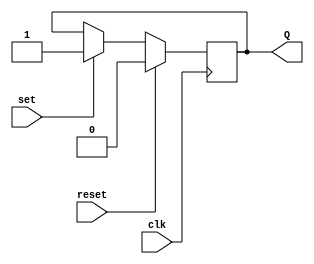

module D_FF(input clk,input set,input reset,output reg Q);
  always@(negedge clk)
  begin
    if(reset==1'b1)
      Q=0;
      
    else
      begin
        if(set)
          Q=1;
      end
  end
endmodule

module decoder2to4(input [1:0] muxOut,output reg[3:0] decOut);
  always@(muxOut)
  case(muxOut)
    2'b00: decOut = 4'b0001;
    2'b01: decOut = 4'b0010;
    2'b10: decOut = 4'b0100;
    2'b11: decOut = 4'b1000;
  endcase
endmodule
  
module mux(input [1:0] LineIndex,input[1:0] LRUWay,input Hit,output reg [1:0] muxOut);
  always@(LineIndex or LRUWay or Hit)
  case(Hit)
    1'b0: muxOut = LRUWay;
    1'b1: muxOut = LineIndex;
  endcase  
endmodule

module NxN_DFFs(input clk,input reset,input[3:0] decOut,output [3:0] NxNOut);
  //D_FF(input clk,input set,input reset,output reg Q);
  wire q00, q01, q02, q03; 
  wire q10, q11, q12, q13;
  wire q20, q21, q22, q23;
  wire q30, q31, q32, q33;


  wire reset1;
  wire reset2;
  wire reset3;
  wire reset4;
 
 
  assign reset1 = reset || decOut[0];
  assign reset2 = reset || decOut[1];
  assign reset3 = reset || decOut[2];
  assign reset4 = reset || decOut[3];
  
  
  D_FF dff00(clk, decOut[0], reset1, q00);
  D_FF dff01(clk, decOut[0], reset2, q01);
  D_FF dff02(clk, decOut[0], reset3, q02);
  D_FF dff03(clk, decOut[0], reset4, q03);
  
  assign NxNOut[0] = q00 || q01 || q02 || q03;
  
  
  D_FF dff10(clk, decOut[1], reset1, q10);
  D_FF dff11(clk, decOut[1], reset2, q11);
  D_FF dff12(clk, decOut[1], reset3, q12);
  D_FF dff13(clk, decOut[1], reset4, q13);
  
  assign NxNOut[1] = q10 || q11 || q12 || q13;
  
  D_FF dff20(clk, decOut[2], reset1, q20);
  D_FF dff21(clk, decOut[2], reset2, q21);
  D_FF dff22(clk, decOut[2], reset3, q22);
  D_FF dff23(clk, decOut[2], reset4, q23);
  
  assign NxNOut[2] = q20 || q21 || q22 || q23;
  
  
  D_FF dff30(clk, decOut[3], reset1, q30);
  D_FF dff31(clk, decOut[3], reset2, q31);
  D_FF dff32(clk, decOut[3], reset3, q32);
  D_FF dff33(clk, decOut[3], reset4, q33);
  
  assign NxNOut[3] = q30 || q31 || q32 || q33;
  
  endmodule

module prio_Enc(input reset, input [3:0]NxNOut,output reg [1:0] LRUWay);
  always@(reset or NxNOut)
  begin
    if (reset)
      LRUWay = 2'b00;
    else
    begin
      if ( NxNOut[0] == 0)
        LRUWay = 2'b00;
      else if (NxNOut[1] == 0)
        LRUWay = 2'b01;
      else if (NxNOut[2] == 0)
        LRUWay = 2'b10;
      else
        LRUWay = 2'b11;
    end
  end
endmodule

module LRU(input [1:0] LineIndex,input clk,input reset, input Hit , output [1:0] LRUWay, output [1:0] mOut, output [3:0]
dOut, output [3:0] nOut);
    
    mux mux1(LineIndex, LRUWay, Hit, mOut);
    decoder2to4 decoder2to4_1(mOut, dOut);
    NxN_DFFs nndffs(clk, reset, dOut, nOut);
    prio_Enc pe(reset, nOut, LRUWay);
        
endmodule



module testbench;
reg [1:0] LineIndex;
reg clk;
reg reset;
reg Hit;
wire [1:0] LRUWay;
wire [1:0] mOut;
wire [3:0] dOut, nOut;
LRU uut (.LineIndex(LineIndex), .clk(clk), .reset(reset), .Hit(Hit), .LRUWay(LRUWay), .mOut(mOut), .dOut(dOut),
.nOut(nOut) );
always
#5 clk=~clk;
initial
begin
LineIndex = 0;
reset = 1;
Hit = 0;
clk = 0;
$monitor($time," Current_LRUWay=%d Hit=%d LineIndex=%d ",LRUWay,Hit,LineIndex);
#8 Hit=1;
#2 reset=0; LineIndex=3'd0;
#10 LineIndex=3'd1;
#10 LineIndex=3'd2;
#10 LineIndex=3'd3;
#10 Hit=0; LineIndex=3'd1;
#10 LineIndex=3'd0;
#10 LineIndex=3'd1;
#10 LineIndex=3'd2;
#10 LineIndex=3'd3;
#10 $finish;
end
endmodule